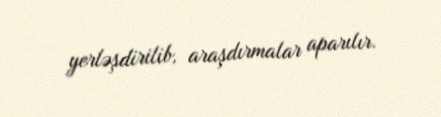
yerləşdirilib, araşdırmalar aparılır.